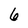
Character: 6